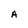
Character: A